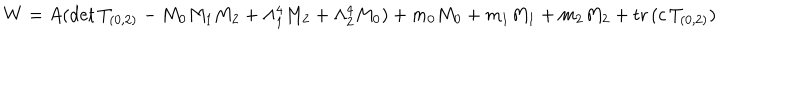
LaTeX: W = A ( \mathrm { d e t } \, T _ { ( 0 , 2 ) } - M _ { 0 } M _ { 1 } M _ { 2 } + \Lambda _ { 1 } ^ { 4 } M _ { 2 } + \Lambda _ { 2 } ^ { 4 } M _ { 0 } ) + m _ { 0 } M _ { 0 } + m _ { 1 } M _ { 1 } + m _ { 2 } M _ { 2 } + \mathrm { t r } \, ( c \, T _ { ( 0 , 2 ) } )